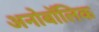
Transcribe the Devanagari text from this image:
अनोबॉलिक